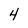
Character: 4